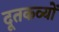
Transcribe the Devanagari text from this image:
दूतकव्यों